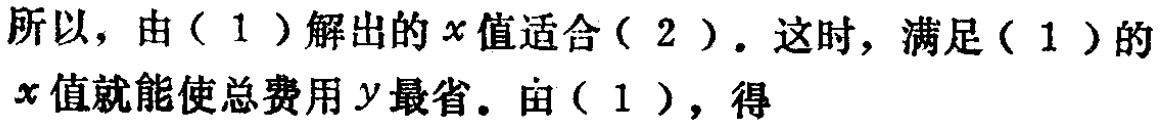
所以，由（1）解出的\(x\)值适合（2）. 这时，满足（1）的\(x\)值就能使总费用\(y\)最省. 由（1），得